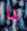
يا